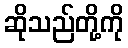
ဆိုသည်တို့ကို